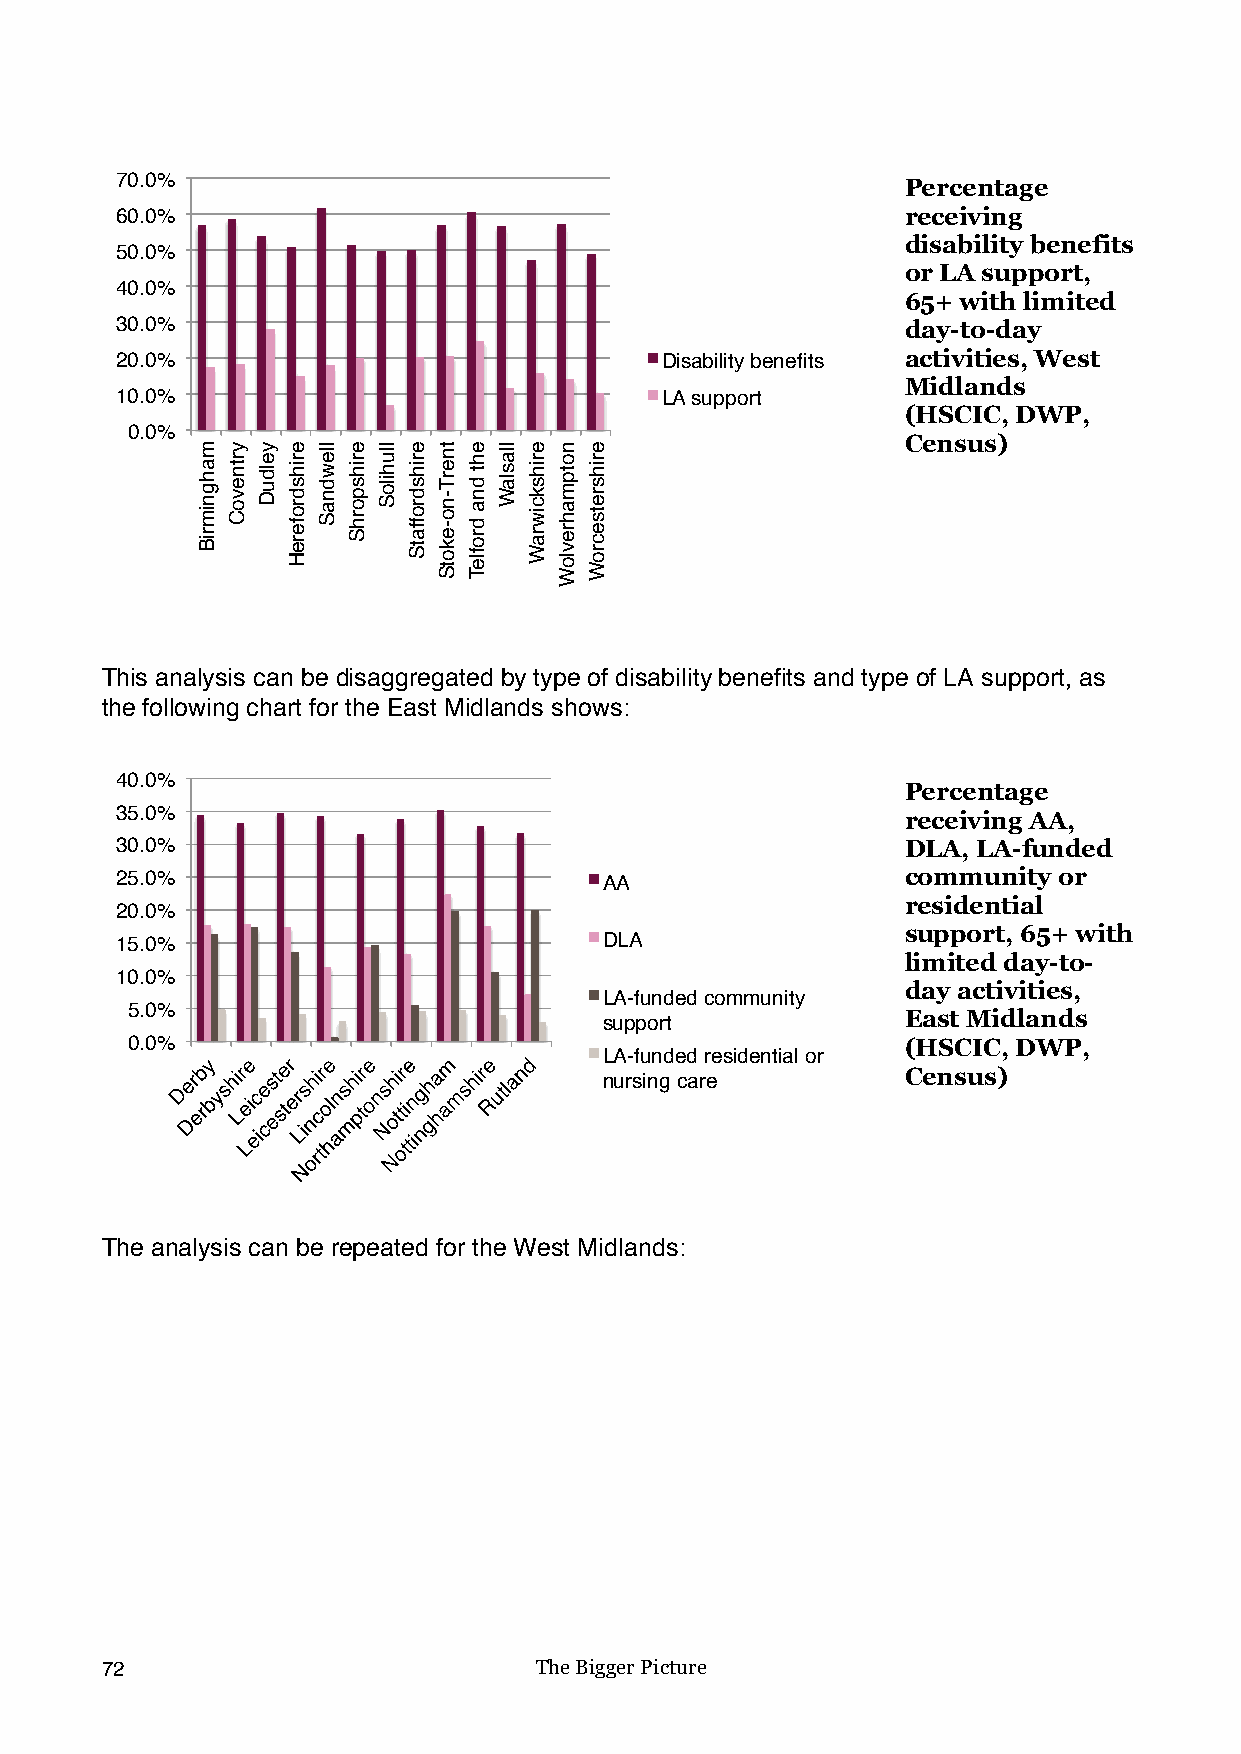
70.0%                                               Percentage
 60.0%                                               receiving
 disability benefits
 50.0%
 or LA support,
 40.0%
 65+ with limited
 30.0%                                               day-to-day
 20.0%                               Disability benefits activities, West
 Midlands
 10.0%                               LA support
 (HSCIC, DWP,
 0.0%
 Census)
 This analysis can be disaggregated by type of disability benefits and type of LA support, as
 the following chart for the East Midlands shows:
 40.0%
 Percentage
 35.0%                                               receiving AA,
 30.0%                                               DLA, LA-funded
 25.0%                           AA                  community or
 residential
 20.0%
 support, 65+ with
 15.0%                           DLA
 limited day-to-
 10.0%
 day activities,
 LA-funded community
 5.0%
 East Midlands
 support
 0.0%                                                (HSCIC, DWP,
 LA-funded residential or
 Census)
 nursing care
 The analysis can be repeated for the West Midlands:
 72                          The Bigger Picture
 mahgnimriB yrtnevoC yelduD erihsdrofereH llewdnaS erihsporhS lluhiloS erihsdroffatS tnerT-no-ekotS eht
 dna
 drofleT
 llaslaW erihskciwraW notpmahrevloW erihsretsecroW